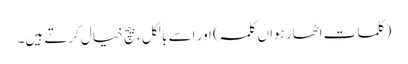
(کلمات اٹھارہواں کلمہ ) اور اسے بالکل ، بیچ خیال کرتے ہیں۔